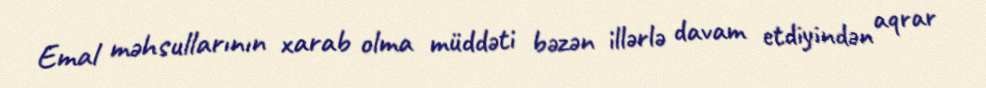
Emal məhsullarının xarab olma müddəti bəzən illərlə davam etdiyindən aqrar